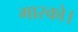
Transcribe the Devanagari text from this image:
मास्को।